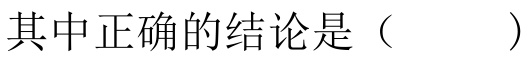
其中正确的结论是（  ）